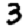
Digit: 3